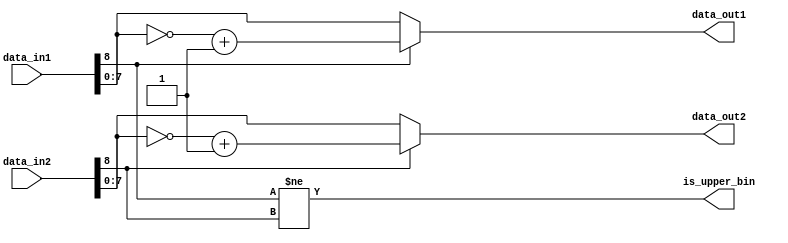
module abs #(
    parameter DATA_WIDTH = 8
) (
    input [DATA_WIDTH:0]    data_in1, data_in2,
    output                  is_upper_bin,
    output [DATA_WIDTH-1:0] data_out1, data_out2
);

    wire input_sign1, input_sign2;
    // assign the input MSBs as sign bits
    assign input_sign1 = data_in1[DATA_WIDTH];
    assign input_sign2 = data_in2[DATA_WIDTH];

    // the orientation is in bins >4 when signs are different
    // in other words the angle between the 2 gradients is >90
    assign is_upper_bin = input_sign1 != input_sign2;

    assign data_out1 = input_sign1? ~data_in1 + 1 : data_in1[DATA_WIDTH-1:0];
    assign data_out2 = input_sign2? ~data_in2 + 1 : data_in2[DATA_WIDTH-1:0];

endmodule